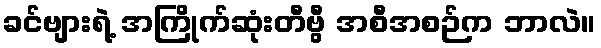
ခင်ဗျားရဲ့ အကြိုက်ဆုံးတီဗွီ အစီအစဉ်က ဘာလဲ။